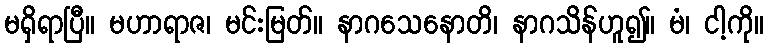
မရှိရာပြီ။ မဟာရာဇ၊ မင်းမြတ်။ နာဂသေနောတိ၊ နာဂသိန်ဟူ၍။ မံ၊ ငါ့ကို။